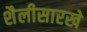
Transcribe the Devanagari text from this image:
शैलीसारखे